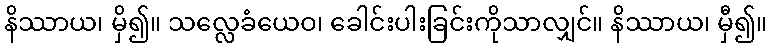
နိဿာယ၊ မှိ၍။ သလ္လေခံယေဝ၊ ခေါင်းပါးခြင်းကိုသာလျှင်။ နိဿာယ၊ မှီ၍။